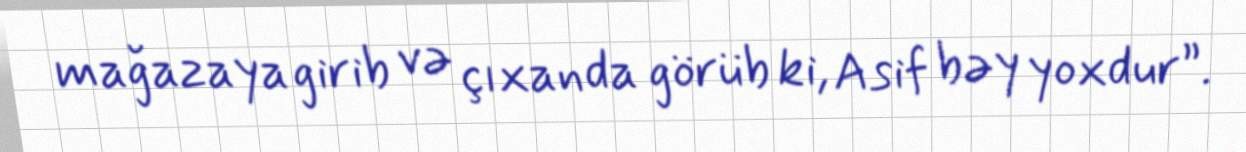
mağazaya girib və çıxanda görüb ki, Asif bəy yoxdur”.